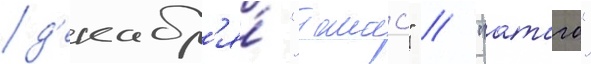
д'екабр'я́ "такао" / "атаго"